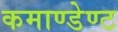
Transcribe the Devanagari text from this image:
कमाण्डेण्ट